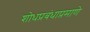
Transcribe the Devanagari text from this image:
शोधप्रबंधाप्रमाणे